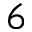
6